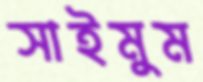
সাইমুম